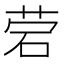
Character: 𰦷